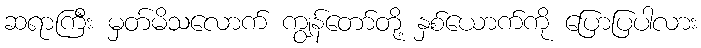
ဆရာကြီး မှတ်မိသလောက် ကျွန်တော်တို့ နှစ်ယောက်ကို ပြောပြပါလား